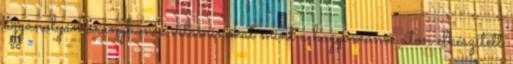
ugyanolyan arányban a vitaminokat mint a hagyomános úton elkészített